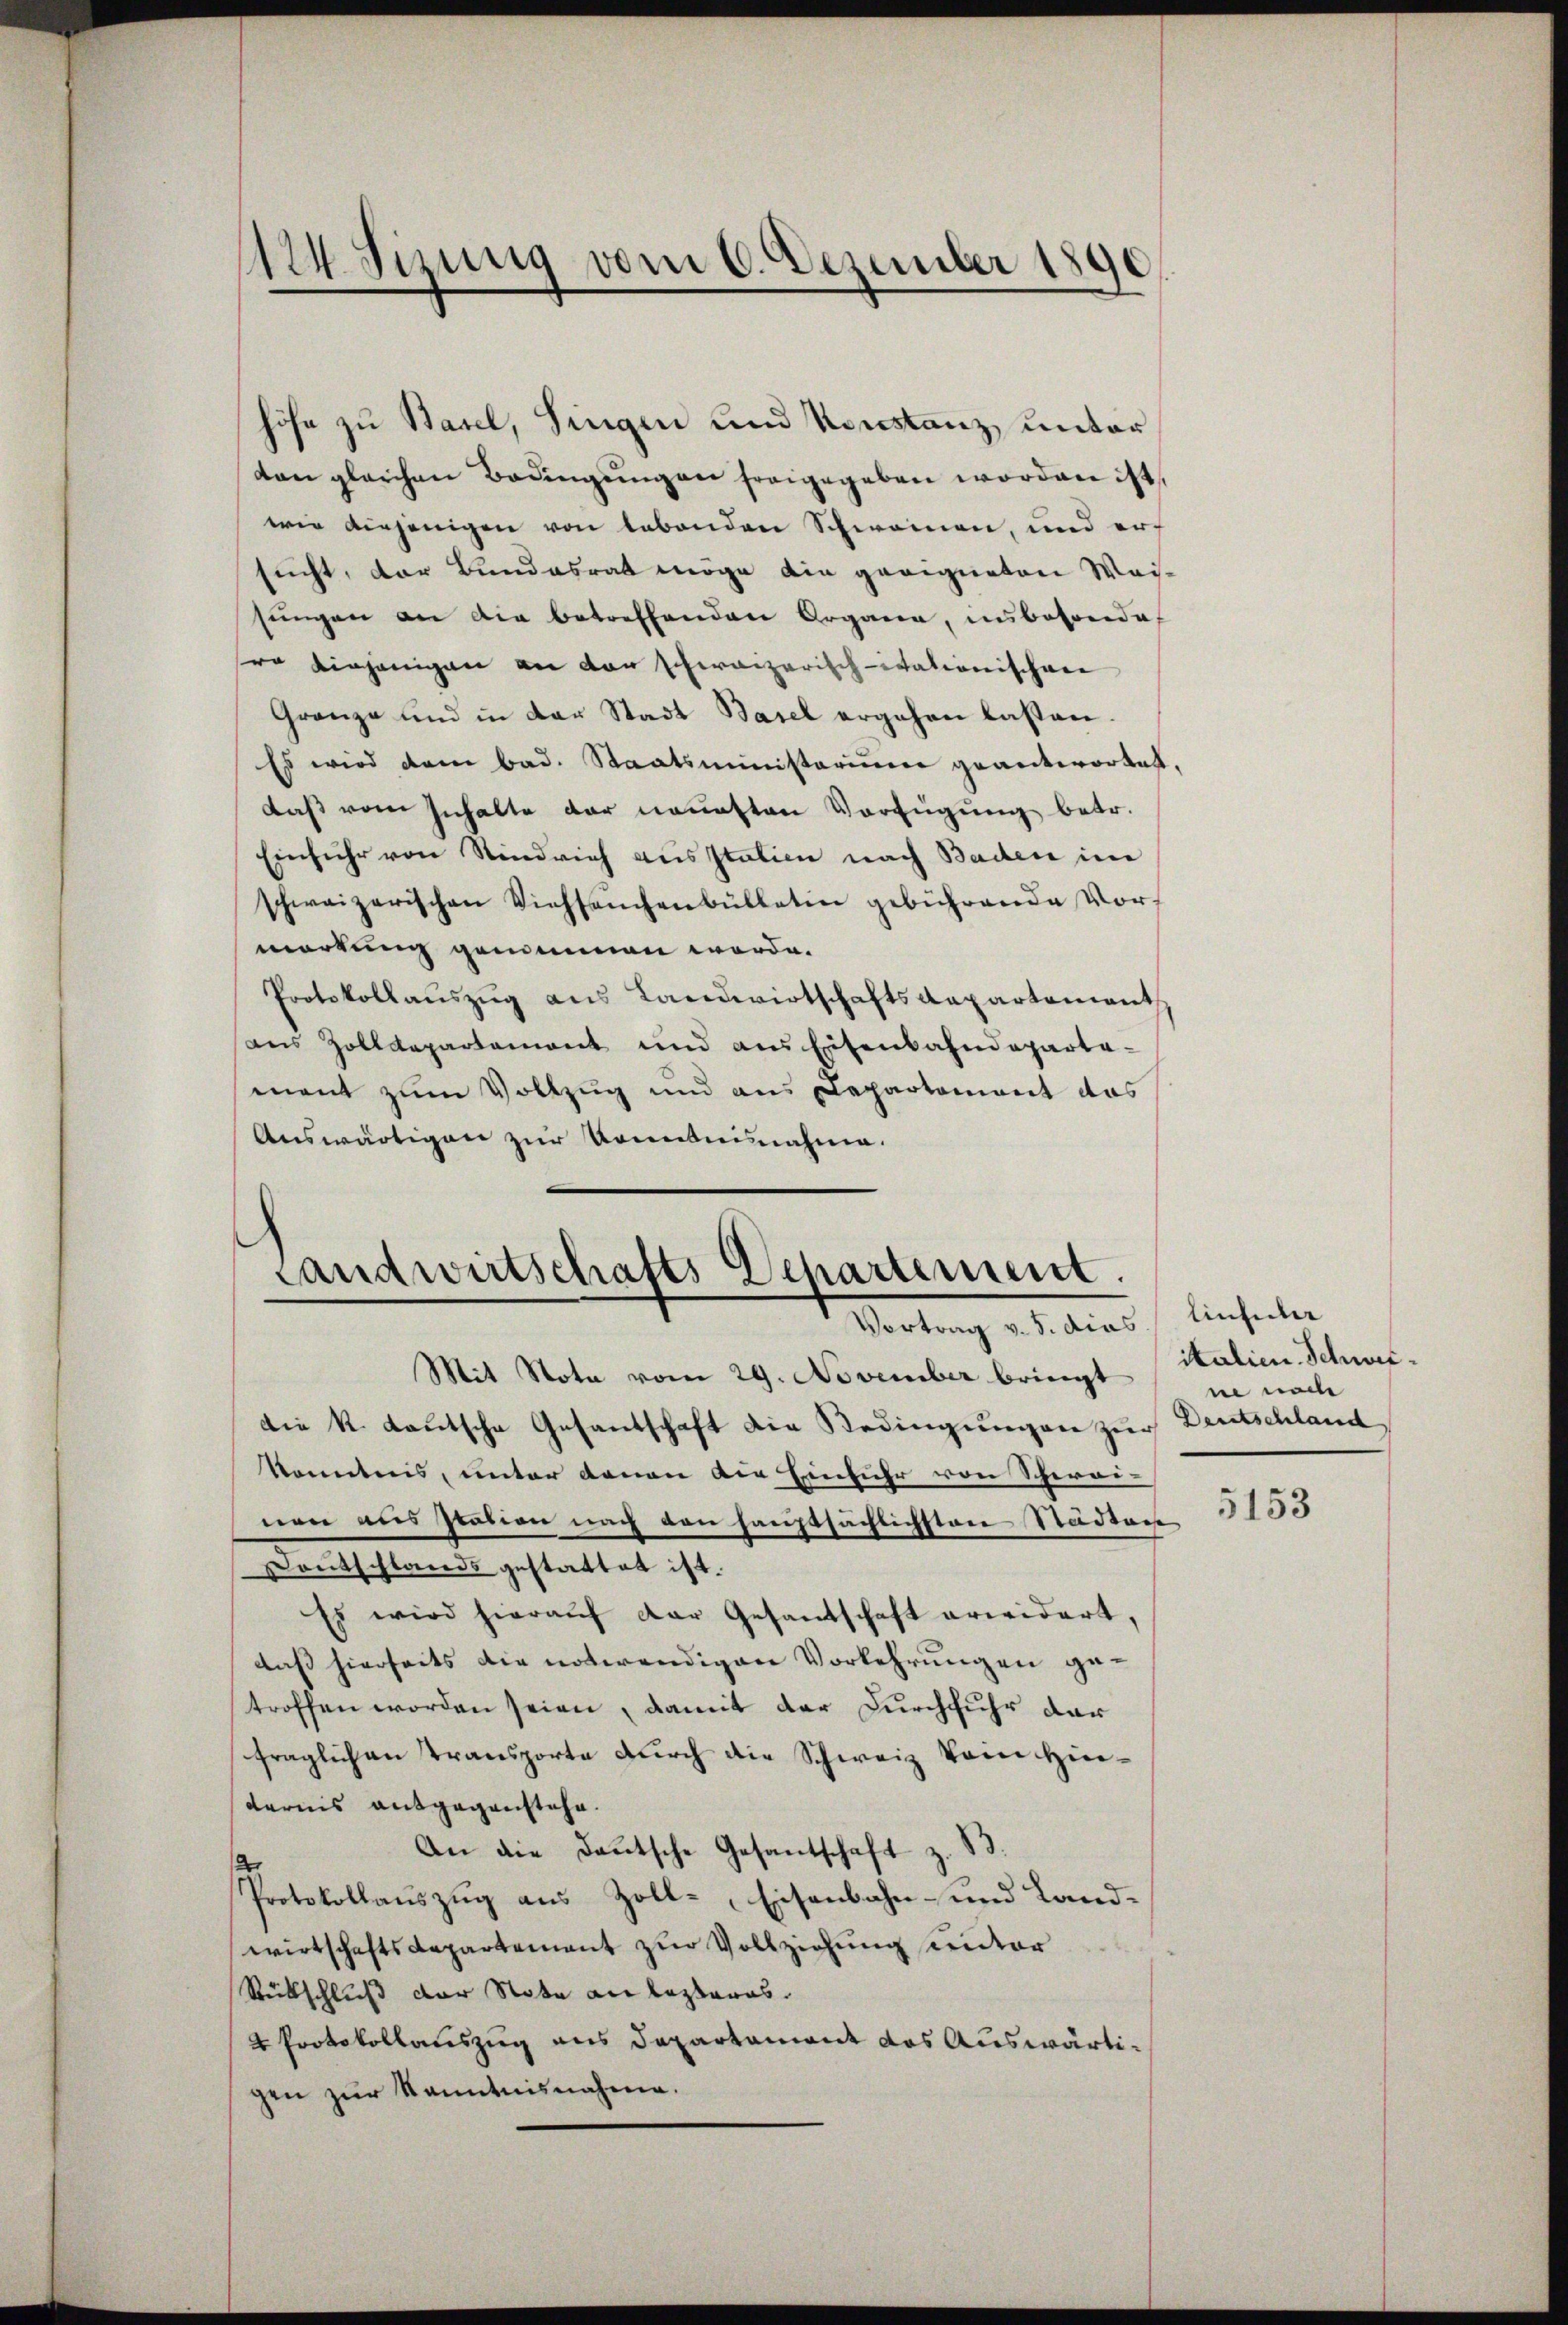
124. Sizung vom 6. Dezember 1890.

höhe zu Basel, Singen und Konstanz, unter
ton gleichen Bedingŭngen freigegeben worden ist,
wie diejenigen von lebenden Schwammen, und erf
sucht, der Bundesrat möge die geeigneten Weisungen an die betreffenden Organe, insbesonde
sro diejenigen an den schweizerisch-itationischeer
Gränze und in der Stadt Basel ergehen lassen.
Es wird dem bad. Staatsministerium geantwortet.
daß vom Inhalte der neuesten Verfügung betr.
Einfuhr von Riedrich aus Italien nach Baden im
schweizerischen Viehseuchenbülletin gebührende Vor-
mortung genommen werde.
Protokollaŭszŭg ans Landwirtschaftsdepartement
aus Zolldepartement und aus Eisenbahndeparta-
ment zum Vollzug und aus Departement das
Auswärtigen zur Kenntnisnahme.

Landwirtschafts Departement.
Vortrag v. 5. dies
Mit Nota vom 29. November bringt

die k. Lautsche Gesantschaft die Bedingungen zur Deutschland,
konntnis, unter denen die Einfuhr von Schwei-
nen aus Iration nach den hauptsächlichsten Städten
Deutschlands gestattet ist.
Es wird hierauf der Gesandschaft erwidert,
daß hierseits die notwendigen Vorkehrungen getroffen worden seien, damit der Durchfuhr dar
fraglichen Transporte durch die Schweiz vom Hindarnis entgegenstehe.
An die Daŭtsche Gesantschaft z. B.
Protokollauszug aus Zoll-Eisenbahn- und Landwirtschaftsdepartement zur Vollziehung unter
Rückschluß der Note an lezteres.
4 Protokollauszug aus Departament das Auswärtigen zur Kenntnisnahme.

linfeder
italien Schweine nach

5153